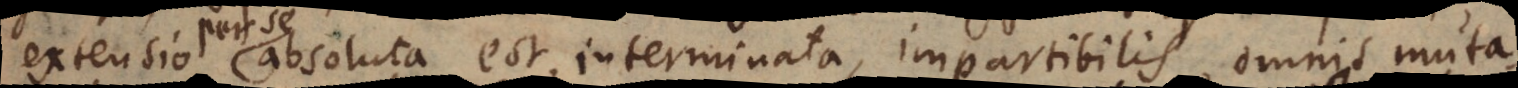
extensio absoluta est, interminata, impartibilis, omnis muta